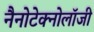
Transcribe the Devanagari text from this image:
नैनोटेक्नोलॉजी